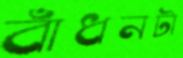
বাঁধনটা